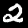
Digit: 2